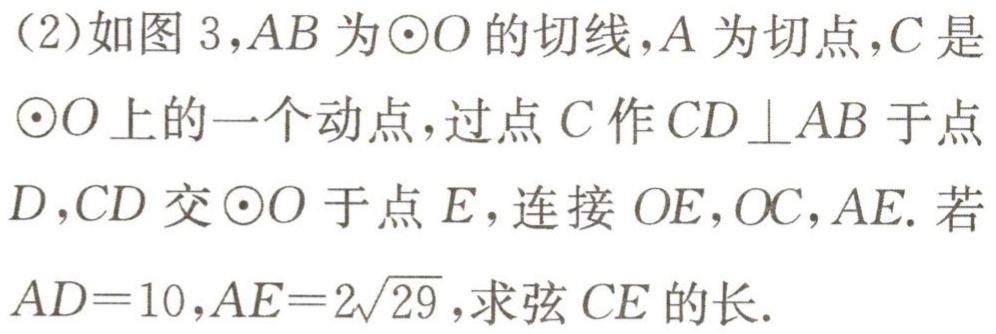
(2)如图 3，$AB$为$\odot O$的切线，$A$为切点，$C$是$\odot O$上的一个动点，过点$C$作$CD\perp AB$于点$D$，$CD$交$\odot O$于点$E$，连接$OE,OC,AE.$若$AD = 10$，$AE = 2\sqrt{29}$，求弦$CE$的长.